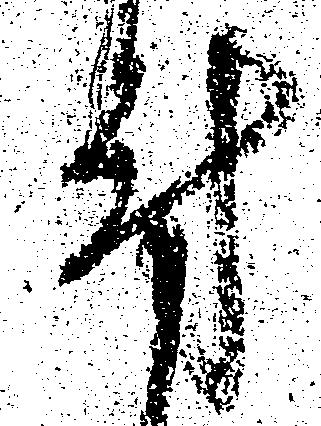
付